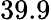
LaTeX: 39.9